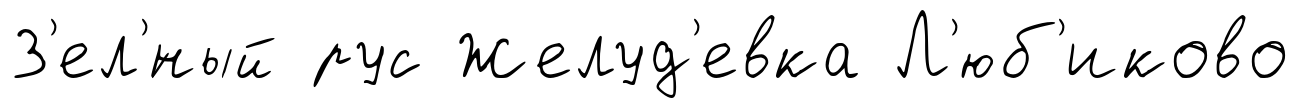
З'ел'́ный рус Желуд'евка Л'юб'иково